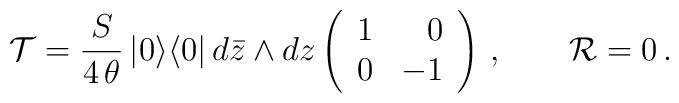
{\cal T}=\frac{S}{4\,\theta}\,|0\rangle\langle 0|\,d\bar{z}\wedge dz\left(\begin{array}{rr}1 & 0 \\0 & -1\end{array}\right)\, ,\qquad{\cal R}=0\, .